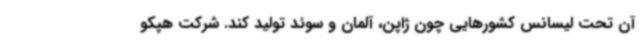
آن تحت لیسانس کشورهایی چون ژاپن، آلمان و سوئد تولید کند. شرکت هپکو